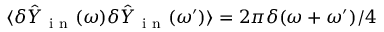
\langle \delta \hat { Y } _ { \mathrm { ~ i ~ n ~ } } ( \omega ) \delta \hat { Y } _ { \mathrm { ~ i ~ n ~ } } ( \omega ^ { \prime } ) \rangle = 2 \pi \delta ( \omega + \omega ^ { \prime } ) / 4